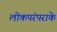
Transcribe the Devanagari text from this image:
लोकपरंपराके